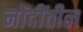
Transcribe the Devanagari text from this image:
नोंदींतील